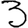
Digit: 3